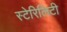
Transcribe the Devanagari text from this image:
स्टेरिलिटी